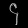
Digit: ၄